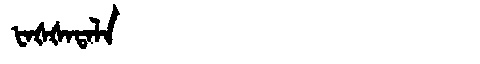
Manchu: ᡶᠠᡧᡧᠠᡨᠠᠯᠠ
Romanization: FAŠŠATALA